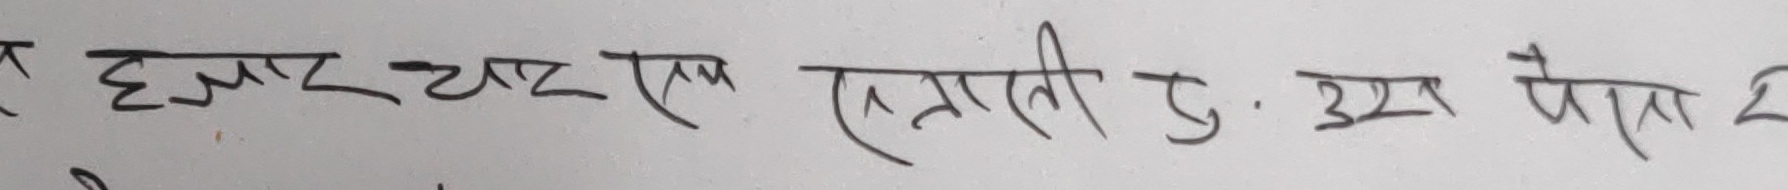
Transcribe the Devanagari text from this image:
हजार चार एक खाले छ. उस पैसा ₹